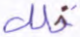
خلل